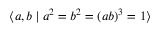
\langle a , b \mid a ^ { 2 } = b ^ { 2 } = ( a b ) ^ { 3 } = 1 \rangle